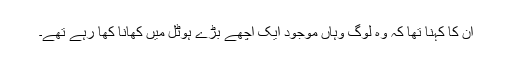
اُن کا کہنا تھا کہ وہ لوگ وہاں موجود ایک اچھے بڑے ہوٹل میں کھانا کھا رہے تھے۔